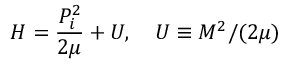
H = \frac { P _ { i } ^ { 2 } } { 2 \mu } + U , \quad U \equiv M ^ { 2 } / ( 2 \mu )